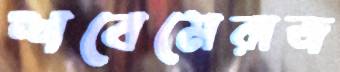
শবেমেরাজ